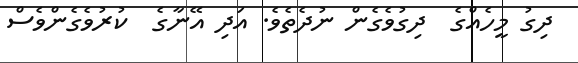
ދިގު މީހެއްގެ  ދިގުވެގެން ނުދެތެވެ. އަދި އޭނާގެ  ކުރުވެގެންވެސް